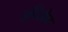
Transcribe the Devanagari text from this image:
अपिओल